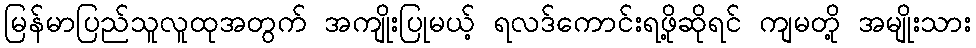
မြန်မာပြည်သူလူထုအတွက် အကျိုးပြုမယ့် ရလဒ်ကောင်းရဖို့ဆိုရင် ကျမတို့ အမျိုးသား